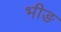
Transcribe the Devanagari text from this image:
भीङ